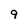
Character: 9